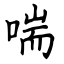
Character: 喘